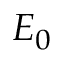
E _ { 0 }